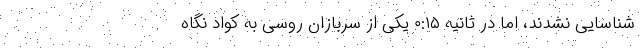
شناسایی نشدند، اما در ثانیه ۰:۱۵ یکی از سربازان روسی به کواد نگاه